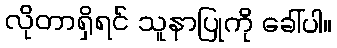
လိုတာရှိရင် သူနာပြုကို ခေါ်ပါ။